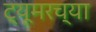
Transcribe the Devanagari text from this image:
ट्यूमरच्या